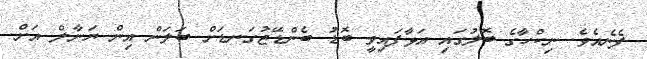
ފެނެއެވެ. ނިކްހާގެ ބޮލުގައި އަޅާފައިވީ ބޮޑު ބެންޑޭޖުގަނޑަށް ބަލަން އިން ޔަނާލް އަށް